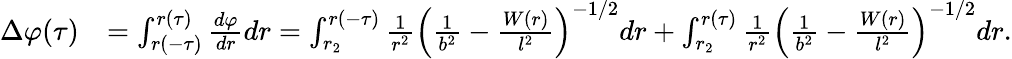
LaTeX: \begin{array}{rl}{\Delta\varphi(\tau)}&{=\int_{r(-\tau)}^{r(\tau)}\frac{d\varphi}{dr}dr=\int_{r_{2}}^{r(-\tau)}\frac{1}{r^{2}}\left(\frac{1}{b^{2}}-\frac{W(r)}{l^{2}}\right)^{-1/2}dr+\int_{r_{2}}^{r(\tau)}\frac{1}{r^{2}}\left(\frac{1}{b^{2}}-\frac{W(r)}{l^{2}}\right)^{-1/2}dr.}\end{array}